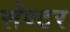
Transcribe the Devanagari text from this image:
सॅण्टर